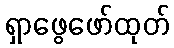
ရှာဖွေဖော်ထုတ်